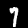
Label: 7